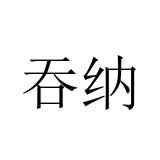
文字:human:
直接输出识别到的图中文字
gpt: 吞纳